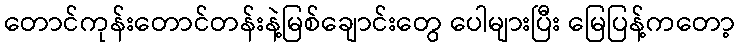
တောင်ကုန်းတောင်တန်းနဲ့မြစ်ချောင်းတွေ ပေါများပြီး မြေပြန့်ကတော့